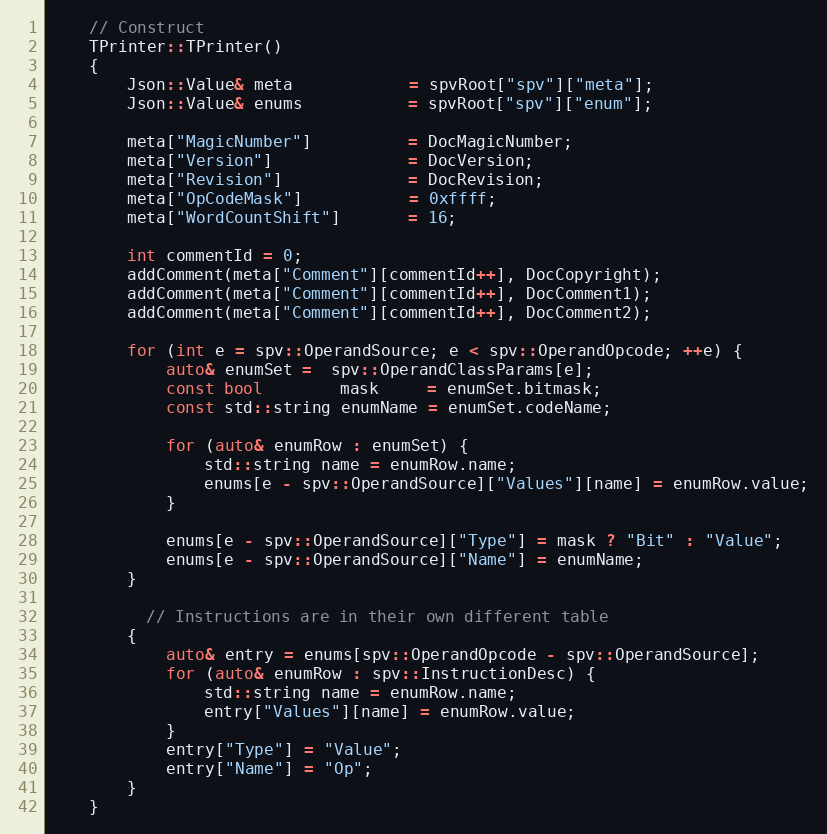
Language: C++
    // Construct
    TPrinter::TPrinter()
    {
        Json::Value& meta            = spvRoot["spv"]["meta"];
        Json::Value& enums           = spvRoot["spv"]["enum"];

        meta["MagicNumber"]          = DocMagicNumber;
        meta["Version"]              = DocVersion;
        meta["Revision"]             = DocRevision;
        meta["OpCodeMask"]           = 0xffff;
        meta["WordCountShift"]       = 16;

        int commentId = 0;
        addComment(meta["Comment"][commentId++], DocCopyright);
        addComment(meta["Comment"][commentId++], DocComment1);
        addComment(meta["Comment"][commentId++], DocComment2);

        for (int e = spv::OperandSource; e < spv::OperandOpcode; ++e) {
            auto& enumSet =  spv::OperandClassParams[e];
            const bool        mask     = enumSet.bitmask;
            const std::string enumName = enumSet.codeName;

            for (auto& enumRow : enumSet) {
                std::string name = enumRow.name;
                enums[e - spv::OperandSource]["Values"][name] = enumRow.value;
            }

            enums[e - spv::OperandSource]["Type"] = mask ? "Bit" : "Value";
            enums[e - spv::OperandSource]["Name"] = enumName;
        }

          // Instructions are in their own different table
        {
            auto& entry = enums[spv::OperandOpcode - spv::OperandSource];
            for (auto& enumRow : spv::InstructionDesc) {
                std::string name = enumRow.name;
                entry["Values"][name] = enumRow.value;
            }
            entry["Type"] = "Value";
            entry["Name"] = "Op";
        }
    }